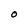
Character: O